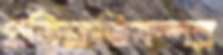
প্রতিশ্রুতিসম্পন্ন